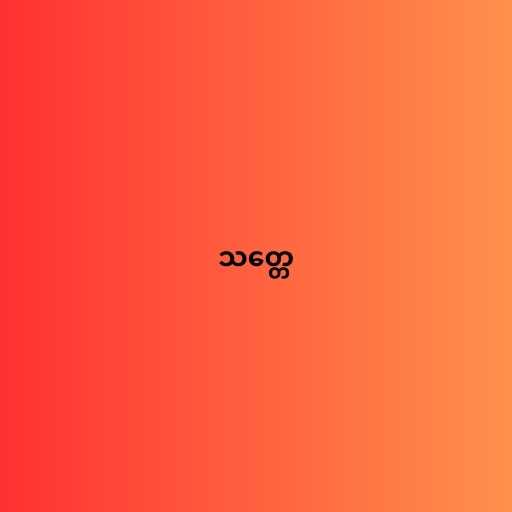
သတ္တေ